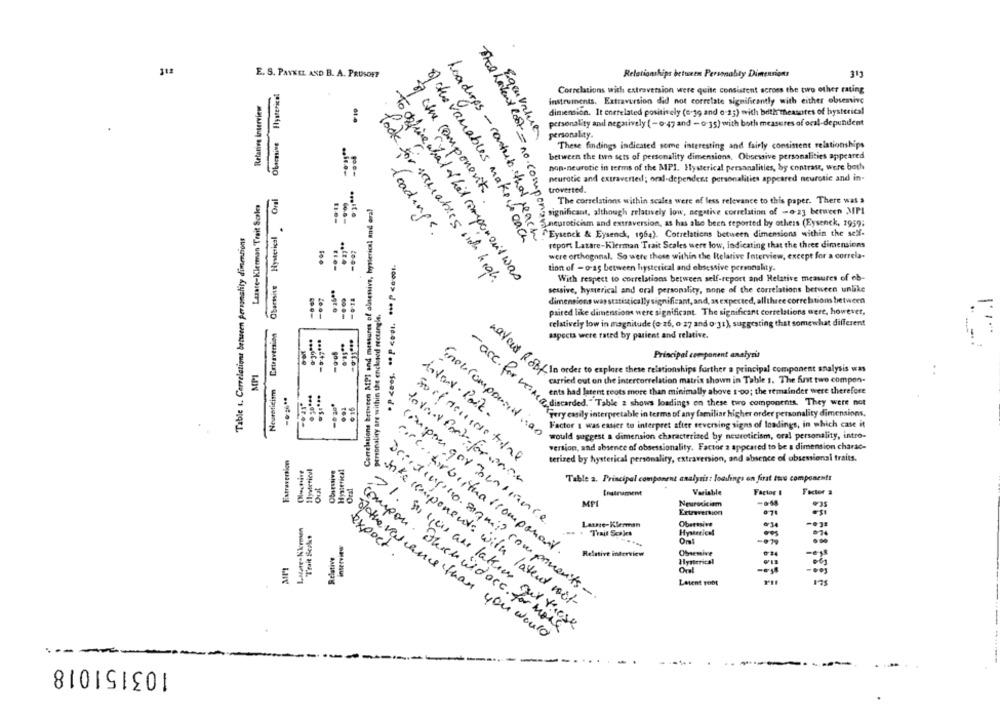
E. S. PAYKEL AND B. A. PRUSOFF
Relationships betontn Personality Dimensions
Hysterical
Correlations with extraversion were quite consistent across the two other rating
Relative Interview
instruments. Extraversion did not correlate significantly with either obsenive
your your sexportion of por
dimension. It enerelated positively (egg and o-2;) with both measures of hysterical
personality and negatively (-0:47 and - o-35) with both measures of oral-dependent
Obacnive
personality.
These findings indicated some interesting and fairly consistent relationships
between the two sets of personality dimensions. Obsessive personalities appeared
non-neurotic in terms of the MPI. Hysterical personalities, by contrast, were both
neurotic and extraverted; oral-dependent personalities appeared neurotic and in-
Onl
troverted.
Lazare-Klerman Trait Solo
Correlations between API and measures of abseniva, hysterical and oral
The correlations within scales were of less relevance to this paper. There was a
g significant, although relatively low, negative correlation of -o-23 between MPI
Hysterical
Sneuroticism and extraversion, as has also been reported by others (Eysenck, 1959;
Table t. Correlations between personality dimensions
Loadings.
"Eysenck & Eysenck, 1964). Cotrelations between dimensions within the self-
of the variables maken each
Loadings - contab that reach
report Latare-Klerman Trait Scales were low, Indicating that the three dimensions
were orthogonal. So were those within the Relative Interview, except for a correla-
tion of - o-ag between hysterical and obsessive personality.
Obarmsite
To office what of het component was
With respect to correlations between self-report and Relative measures of ob-
-0.14
sessive, hysterical and oral personality, none of the correlations between unlike
dimensions was statistically significant, and, as expected, allthree correlations between
Personality are within the enclosed rectangle.
paired like dimensions were significant. The significant correlations were, however,
relatively low in magnitude (o 26, o 27 and o 31), suggesting that somewhat different
Coursversion
-9:47 ***
aspects were rated by patient and relative.
-9-05
Principal component analysis
MPI
Of faires explore these relationships further a principal component analysis .....
navar Robt
carried out on the intercorrelation matrix shown in Table s. The first two compon-
Neuroticism
----
ents had latent roots more than minimally above too; the remainder were therefore
@ 16
C. For nets had la Table a shows bescheinigenhapy withits. They arefore
diver- Port.
Fery easily interpretable in terms of any familiar higher order personality dimensions.
Factor & was easier to interpret after reversing signs of loadings, in which case it
Enerocomposition
would suggest a dimension characterised by neuroticism, oral personality, intro-
version, and absence of obsessionality. Factor a appeared to be a dimension charac-
Extraversion
terized by hysterical personality, extraversion, and absence of obsessionsi traits.
Oliactive
Ilysterical
Chiestive
Hysterical
Out
Pormax Park-formace
Table a. Principal component analysis: loafings on firat ttrs components
Instrument
Variable
Factor #
Factor a
MPL
Neuroticiam
Extraversion
.71
Latste- Kkermin
compon goy Tensince
Larsse-Klerman
Oberssive
"Trait Seks
"Trait Scales
Hysterical
interview
Om!
Relative
expoet .
core. tirbrituas component.
Relative interview
Obsemive
Hysterical
Oral
Laient Foot
175
Decidiupino. siqui? components -.
Anke components with latent not
>1. So you are laterre our these
compon. Durch widocc. for more
otherescence than you would
103151018